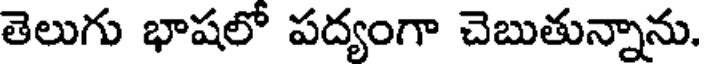
తెలుగు భాషలో పద్యంగా చెబుతున్నాను.